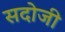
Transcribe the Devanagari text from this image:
सदोजी